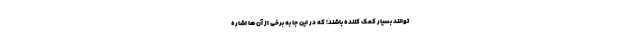
توانند بسیار کمک کننده باشند؛ که در این جا به برخی از آن ها اشاره